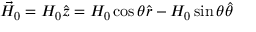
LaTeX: { \vec { H } } _ { 0 } = H _ { 0 } { \hat { z } } = H _ { 0 } \cos \theta { \hat { r } } - H _ { 0 } \sin \theta { \hat { \theta } }